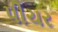
પીચર